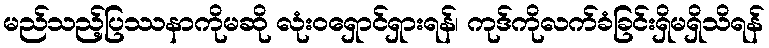
မည်သည့်ပြဿနာကိုမဆို လုံးဝရှောင်ရှားရန်၊ ကုဒ်ကိုလက်ခံခြင်းရှိမရှိသိရန်